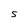
Character: S